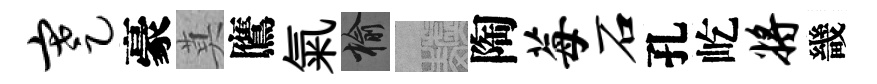
蹇豪莫鷹氣榆熙陶莓石孔屹将畿